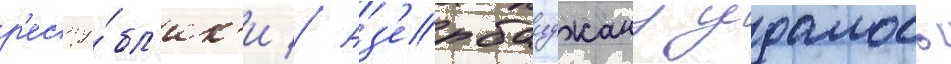
р'еспу́бл'ик'и // Аз'ербаиджану удалось